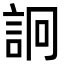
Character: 詗